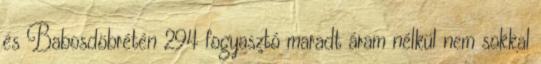
és Babosdöbrétén 294 fogyasztó maradt áram nélkül nem sokkal